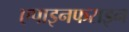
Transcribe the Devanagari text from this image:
एपाइनफराइन